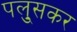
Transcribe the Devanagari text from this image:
पलु्सकर